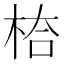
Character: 𭪅